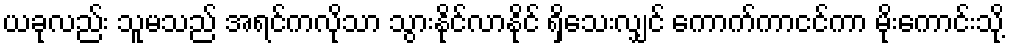
ယခုလည်း သူမသည် အရင်ကလိုသာ သွားနိုင်လာနိုင် ရှိသေးလျှင် ကောက်ကာငင်ကာ မိုးကောင်းသို့